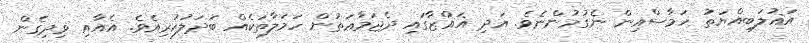
އަޣުލަބިއްޔަތު ހަމާސްއިން ނެގުމުންނެވެ. އަދި ޣައްޒާގައި ދެޖަމާޢަތުން ހަމަލާތަކެއް ބަދަލުކުރިއެވެ. އެއާއި ވިދިގެން